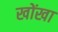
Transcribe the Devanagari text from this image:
खोंखा